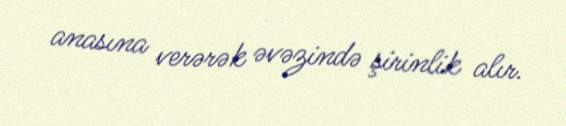
anasına verərək əvəzində şirinlik alır.